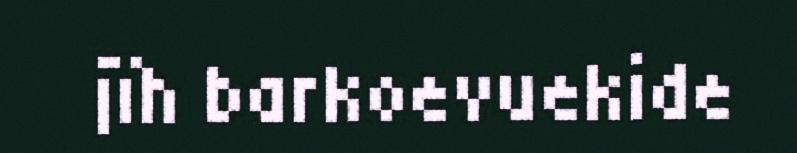
jïh barkoevuekide